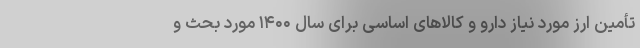
تأمین ارز مورد نیاز دارو و کالاهای اساسی برای سال ۱۴۰۰ مورد بحث و